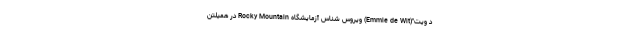
د ویت"(Emmie de Wit) ویروس شناس آزمایشگاه Rocky Mountain در همیلتن